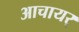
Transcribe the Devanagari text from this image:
आचायर्